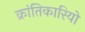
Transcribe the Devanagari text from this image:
क्रांतिकारियो